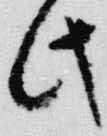
此